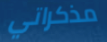
مذكراتي